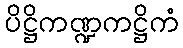
ပိဋ္ဌိကဏ္ဍကဋ္ဌိကံ